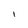
Character: I